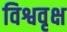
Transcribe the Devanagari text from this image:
विश्ववृक्ष